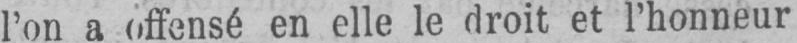
l’on a offensé en elle le droit et l’honneur